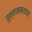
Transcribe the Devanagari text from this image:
पुन्नामनरकात्